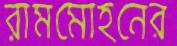
রামমোহনের